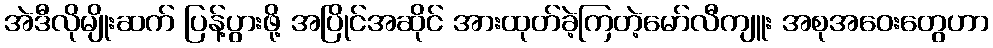
အဲဒီလိုမျိုးဆက် ပြန့်ပွားဖို့ အပြိုင်အဆိုင် အားထုတ်ခဲ့ကြတဲ့မော်လီကျူး အစုအဝေးတွေဟာ